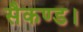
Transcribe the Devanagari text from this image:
सैकण्ड।